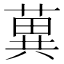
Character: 䔬